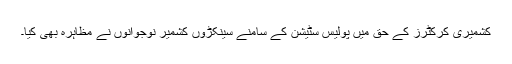
کشمیری کرکٹرز کے حق میں پولیس سٹیشن کے سامنے سینکڑوں کشمیر نوجوانوں نے مظاہرہ بھی کیا۔